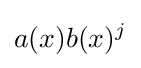
a(x)b(x)^{j}